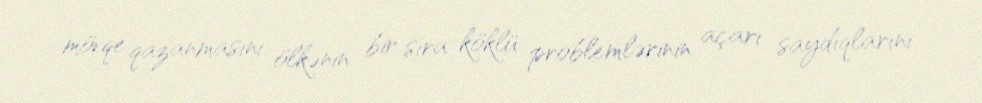
mövqe qazanmasını ölkənin bir sıra köklü problemlərinin açarı saydıqlarını